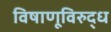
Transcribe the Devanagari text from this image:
विषाणूविरुद्ध